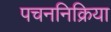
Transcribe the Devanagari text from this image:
पचननिक्रिया